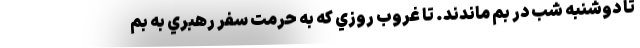
تا دوشنبه شب در بم ماندند. تا غروب روزي كه به حرمت سفر رهبري به بم